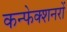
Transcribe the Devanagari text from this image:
कन्फेक्शनरों